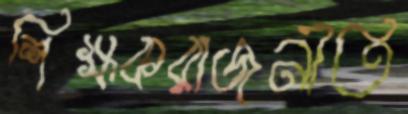
শিক্ষকরাজনীতি